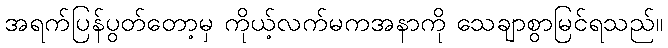
အရက်ပြန်ပွတ်တော့မှ ကိုယ့်လက်မကအနာကို သေချာစွာမြင်ရသည်။